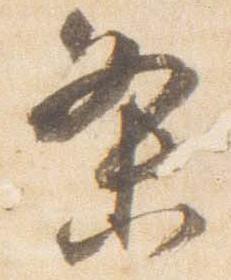
条